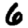
Digit: 6